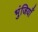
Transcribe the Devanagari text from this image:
भुंजियाँ